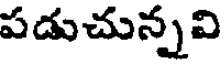
పడుచున్నవి